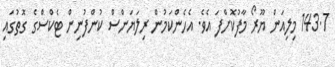
143.7 މިލިއަން ޔޫރޯ މާފުކޮށްފަ އެވެ. އެހެންކަމުން ރިލަޔަންސް ކުންފުނިން ޓެކްސްގެ ގޮތުގައި